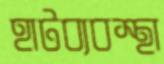
হাটব্যবস্থা